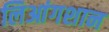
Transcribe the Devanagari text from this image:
लिआंगशान